Indian journal of veterinary science and animal husbandry - Volumes 24-25, 1954-1955
Year: 1954
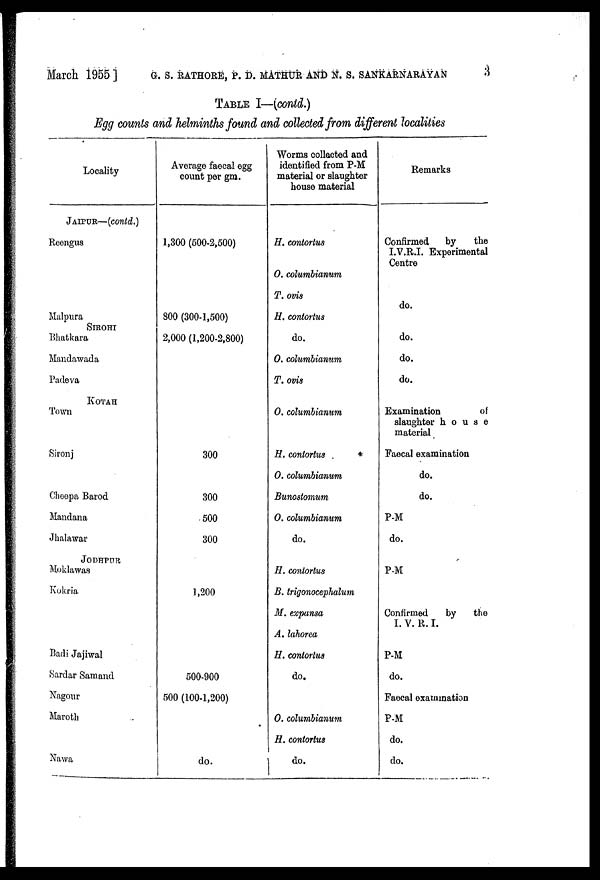
March 1955] G. S. RATHORE, P. D. MATHUR AND N. S. SANKARNARAYAN 3
TABLE I—(contd.)
Egg counts and helminths found and collected from different localities
Locality
JAIPUR—(contd.)
Reengus
Malpura
SIROHI
Bhatkara
Mandawada
Padeva
KOTAH
Town
Sironj
Cheepa Barod
Mandana
Jhalawar
JODHPUR
Moklawas
Kokria
Badi Jajiwal
Sardar Samand
Nagour
Maroth
Nawa
Average faecal egg
count per gm.
1,300 (500-2,500)
800 (300-1,500)
2,000 (1,200-2,800)
300
300
500
300
1,200
500-900
500 (100-1,200)
do.
Worms collected and
identified from P-M
material or slaughter
house material
H. contortus
O. columbianum
T. ovis
H. contortus
do.
O. columbianum
T. ovis
O. columbianum
H. contortus
O. columbianum
Bunostomum
O. columbianum
do.
H. contortus
B. trigonocephalum
M. expansa
A. lahorea
H. contortus
do.
O. columbianum
H. contortus
do.
Remarks
Confirmed
by
the
I.V.R.I. Experimental
Centre
do.
do.
do.
do.
Examination
of
slaughter house
material
Faecal examination
do.
do.
P-M
do.
P-M
Confirmed
by
the
I.V.R.I.
P-M
do.
Faecal examination
P-M
do.
do.